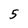
Character: 5